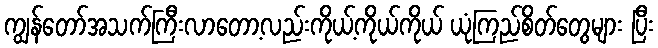
ကျွန်တော်အသက်ကြီးလာတော့လည်းကိုယ့်ကိုယ်ကိုယ် ယုံကြည်စိတ်တွေများ ပြီး